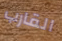
القارب